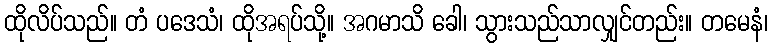
ထိုလိပ်သည်။ တံ ပဒေသံ၊ ထိုအရပ်သို့။ အဂမာသိ ခေါ၊ သွားသည်သာလျှင်တည်း။ တမေနံ၊